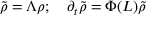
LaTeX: \tilde { \rho } = \Lambda \rho ; \quad \partial _ { t } \tilde { \rho } = \Phi ( L ) \tilde { \rho }